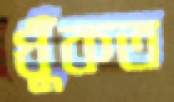
ধুঁকত